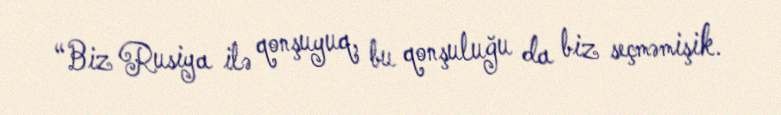
“Biz Rusiya ilə qonşuyuq, bu qonşuluğu da biz seçməmişik.